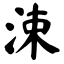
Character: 涑